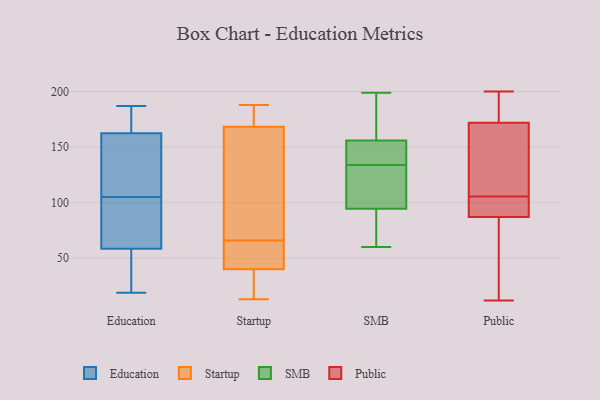
{"axis": {"x": "Customer Acquisition Cost (USD)", "y": "Value"}, "legend": ["Education", "Public", "SMB", "Startup"], "data": [{"x": "", "y": 19, "type": "Education"}, {"x": "", "y": 127, "type": "Education"}, {"x": "", "y": 72, "type": "Education"}, {"x": "", "y": 186, "type": "Education"}, {"x": "", "y": 22, "type": "Education"}, {"x": "", "y": 71, "type": "Education"}, {"x": "", "y": 179, "type": "Education"}, {"x": "", "y": 105, "type": "Education"}, {"x": "", "y": 60, "type": "Education"}, {"x": "", "y": 110, "type": "Education"}, {"x": "", "y": 157, "type": "Education"}, {"x": "", "y": 81, "type": "Education"}, {"x": "", "y": 127, "type": "Education"}, {"x": "", "y": 42, "type": "Education"}, {"x": "", "y": 187, "type": "Education"}, {"x": "", "y": 54, "type": "Education"}, {"x": "", "y": 184, "type": "Education"}, {"x": "", "y": 13, "type": "Startup"}, {"x": "", "y": 85, "type": "Startup"}, {"x": "", "y": 176, "type": "Startup"}, {"x": "", "y": 17, "type": "Startup"}, {"x": "", "y": 172, "type": "Startup"}, {"x": "", "y": 188, "type": "Startup"}, {"x": "", "y": 59, "type": "Startup"}, {"x": "", "y": 66, "type": "Startup"}, {"x": "", "y": 51, "type": "Startup"}, {"x": "", "y": 49, "type": "Startup"}, {"x": "", "y": 23, "type": "Startup"}, {"x": "", "y": 75, "type": "Startup"}, {"x": "", "y": 37, "type": "Startup"}, {"x": "", "y": 184, "type": "Startup"}, {"x": "", "y": 157, "type": "Startup"}, {"x": "", "y": 95, "type": "SMB"}, {"x": "", "y": 150, "type": "SMB"}, {"x": "", "y": 154, "type": "SMB"}, {"x": "", "y": 128, "type": "SMB"}, {"x": "", "y": 60, "type": "SMB"}, {"x": "", "y": 88, "type": "SMB"}, {"x": "", "y": 140, "type": "SMB"}, {"x": "", "y": 148, "type": "SMB"}, {"x": "", "y": 122, "type": "SMB"}, {"x": "", "y": 199, "type": "SMB"}, {"x": "", "y": 90, "type": "SMB"}, {"x": "", "y": 193, "type": "SMB"}, {"x": "", "y": 158, "type": "SMB"}, {"x": "", "y": 145, "type": "SMB"}, {"x": "", "y": 125, "type": "SMB"}, {"x": "", "y": 83, "type": "SMB"}, {"x": "", "y": 197, "type": "SMB"}, {"x": "", "y": 180, "type": "SMB"}, {"x": "", "y": 103, "type": "SMB"}, {"x": "", "y": 94, "type": "SMB"}, {"x": "", "y": 98, "type": "Public"}, {"x": "", "y": 190, "type": "Public"}, {"x": "", "y": 16, "type": "Public"}, {"x": "", "y": 200, "type": "Public"}, {"x": "", "y": 117, "type": "Public"}, {"x": "", "y": 12, "type": "Public"}, {"x": "", "y": 36, "type": "Public"}, {"x": "", "y": 173, "type": "Public"}, {"x": "", "y": 100, "type": "Public"}, {"x": "", "y": 172, "type": "Public"}, {"x": "", "y": 140, "type": "Public"}, {"x": "", "y": 181, "type": "Public"}, {"x": "", "y": 87, "type": "Public"}, {"x": "", "y": 92, "type": "Public"}, {"x": "", "y": 101, "type": "Public"}, {"x": "", "y": 165, "type": "Public"}, {"x": "", "y": 110, "type": "Public"}, {"x": "", "y": 86, "type": "Public"}]}